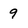
Character: 9